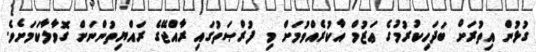
ގުޅުން އިތުރަށް ބަދަހިކުރުމުގެ ޢަޒުމް އާކުރެއްވުމަށް މި ފުރްޞަތުގައި ރާއްޖޭގެ ރައްޔިތުންނަށް ގޮވާލާކަމަށެވެ.